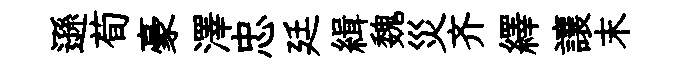
遜荀豪澤忠廷緝魏災齐繹讓末